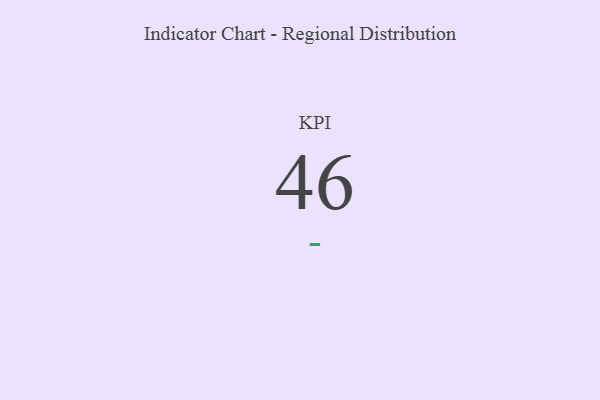
{"axis": {"x": "KPI", "y": "Value"}, "legend": [""], "data": [{"x": "KPI", "y": 46, "type": ""}]}